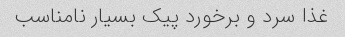
غذا سرد و برخورد پیک بسیار نامناسب